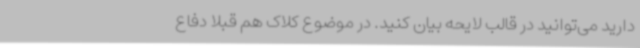
دارید می‌توانید در قالب لایحه بیان کنید. در موضوع کلاک هم قبلا دفاع